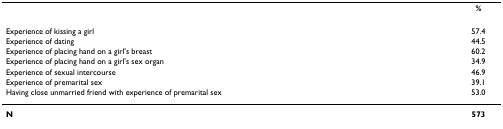
<table><thead><tr><td>[EMPTY_CELL]</td><td><b>%</b></td></tr></thead><tbody><tr><td>Experience of kissing a girl</td><td>57.4</td></tr><tr><td>Experience of dating</td><td>44.5</td></tr><tr><td>Experience of placing hand on a girl's breast</td><td>60.2</td></tr><tr><td>Experience of placing hand on a girl's sex organ</td><td>34.9</td></tr><tr><td>Experience of sexual intercourse</td><td>46.9</td></tr><tr><td>Experience of premarital sex</td><td>39.1</td></tr><tr><td>Having close unmarried friend with experience of premarital sex</td><td>53.0</td></tr><tr><td><b>N</b></td><td><b>573</b></td></tr></tbody></table>